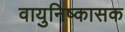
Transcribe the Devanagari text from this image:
वायुनिष्कासक